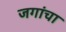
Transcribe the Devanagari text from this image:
जगांचा